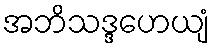
အဘိသဒ္ဒဟေယျံ